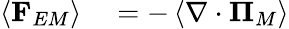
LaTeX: \begin{array}{rl}{\left\langle\mathbf{F}_{EM}\right\rangle}&{{}=-\left\langle\nabla\cdot\boldsymbol{\Pi}_{M}\right\rangle}\end{array}